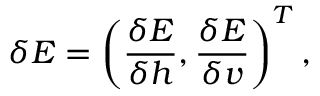
\delta E = \left( \frac { \delta E } { \delta h } , \frac { \delta E } { \delta v } \right) ^ { T } ,